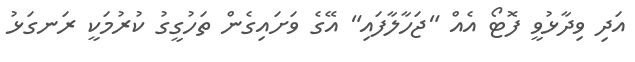
އަދި ވިދާޅުވީ ފޮޓޯ އެއް "ޖަހާލާފައި" އޭގެ ވަށައިގެން ތަހުގީގު ކުރުމަކީ ރަނގަޅު